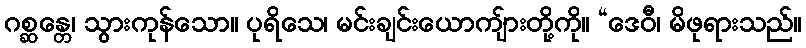
ဂစ္ဆန္တေ၊ သွားကုန်သော။ ပုရိသေ၊ မင်းချင်းယောကျ်ားတို့ကို။ “ဒေဝီ၊ မိဖုရားသည်။